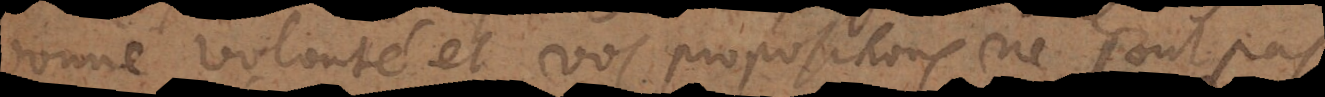
bonne volonté et vos propositions ne sont pas